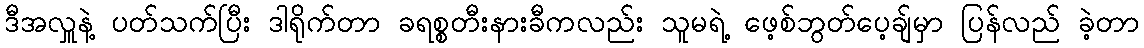
ဒီအလှူနဲ့ ပတ်သက်ပြီး ဒါရိုက်တာ ခရစ္စတီးနားခီကလည်း သူမရဲ့ ဖေ့စ်ဘွတ်ပေ့ချ်မှာ ပြန်လည် ခဲ့တာ